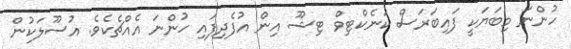
ހުންނަ މިބަޔަކީ ފައިބަރަސް ކަނެކްޓިވް ޓިޝޫ އިން އުފެދިފައި ހުންނަ އެއްޗެކެވެ. އުސޫލަކުން